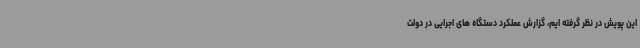
این پویش در نظر گرفته ایم، گزارش عملکرد دستگاه های اجرایی در دولت